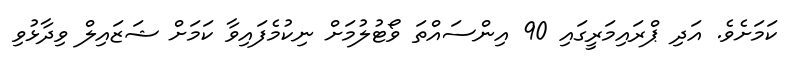
ކަމަށެވެ. އަދި ޕްރައިމަރީގައި 90 އިންސައްތަ ވޯޓުލުމަށް ނިކުމެފައިވާ ކަމަށް ޝަޒައިލް ވިދާޅުވި